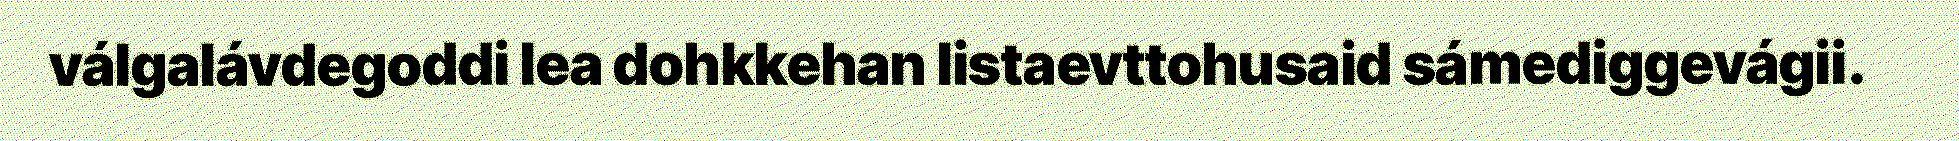
válgalávdegoddi lea dohkkehan listaevttohusaid sámediggevágii.